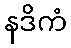
နဒိကံ